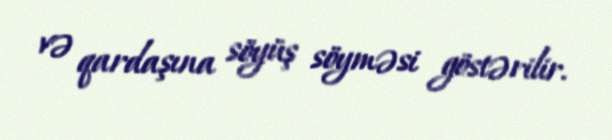
və qardaşına söyüş söyməsi göstərilir.